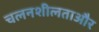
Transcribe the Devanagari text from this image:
चलनशीलताऔर